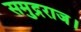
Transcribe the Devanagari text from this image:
समुद्रराज।